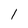
Character: l